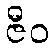
ဇီဝ